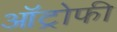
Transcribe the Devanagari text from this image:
ऑट्रोफी